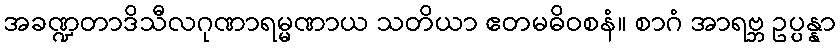
အခဏ္ဍတာဒိသီလဂုဏာရမ္မဏာယ သတိယာ ဧတမဓိဝစနံ။ စာဂံ အာရဗ္ဘ ဥပ္ပန္နာ